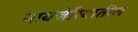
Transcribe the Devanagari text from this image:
नायजेरियातील